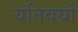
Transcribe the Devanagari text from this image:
यतिवर्या